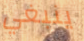
ينبغي